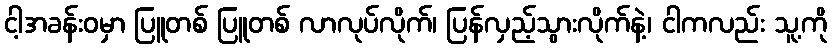
ငါ့အခန်းဝမှာ ပြူတစ် ပြူတစ် လာလုပ်လိုက်၊ ပြန်လှည့်သွားလိုက်နဲ့၊ ငါကလည်း သူ့ကို